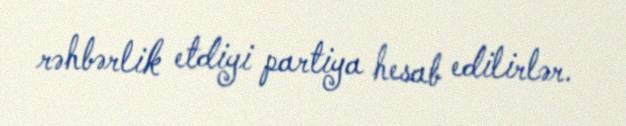
rəhbərlik etdiyi partiya hesab edilirlər.